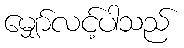
မျှော်လင့်ပါသည်